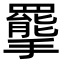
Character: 𢸇